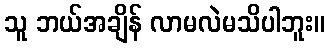
သူ ဘယ်အချိန် လာမလဲမသိပါဘူး။